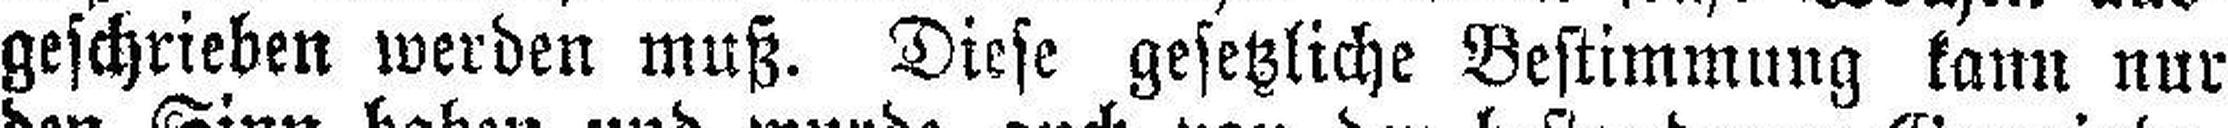
geschrieben werden muß. Diese gesetzliche Bestimmung kann nur